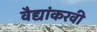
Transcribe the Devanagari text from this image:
वैद्यांकरवी